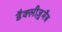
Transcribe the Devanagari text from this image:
डैक्लीज़ुमैब